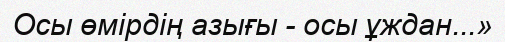
Осы өмірдің азығы - осы ұждан...»